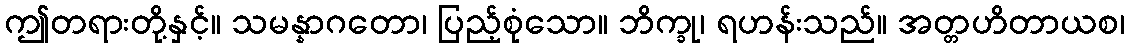
ဤတရားတို့နှင့်။ သမန္နာဂတော၊ ပြည့်စုံသော။ ဘိက္ခု၊ ရဟန်းသည်။ အတ္တဟိတာယစ၊